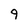
Character: 9